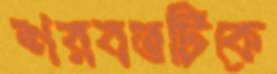
শরবতটিকে